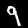
Label: 9